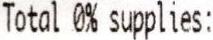
TOTAL 0% SUPPLIES: